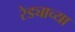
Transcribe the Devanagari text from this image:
रेड्याच्या